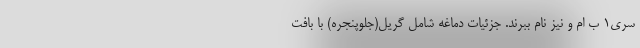
سری1 ب ام و نیز نام ببرند. جزئیات دماغه شامل گریل(جلوپنجره) با بافت